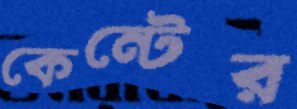
কেন্টের